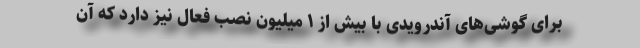
برای گوشی‌های آندرویدی با بیش از ۱ میلیون نصب فعال نیز دارد که آن